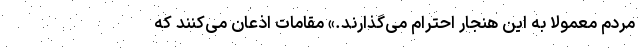
مردم معمولا به این هنجار احترام می‌گذارند.» مقامات اذعان می‌کنند که